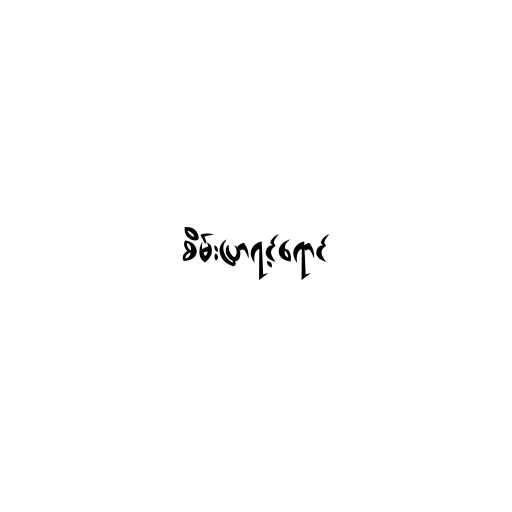
စိမ်းပြာရင့်ရောင်